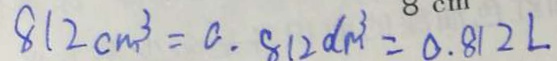
8 1 2 c m ^ { 3 } = 0 . 8 1 2 d m ^ { 3 } = 0 . 8 1 2 L